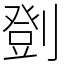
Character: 㔁